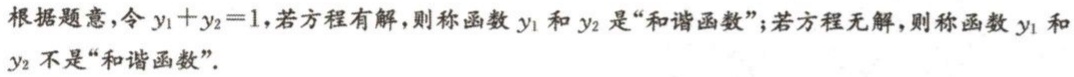
根据题意，令\(y_{1}+y_{2}=1\)，若方程有解，则称函数\(y_{1}\)和\(y_{2}\)是“和谐函数”；若方程无解，则称函数\(y_{1}\)和\(y_{2}\)不是“和谐函数”.